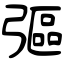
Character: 彄